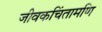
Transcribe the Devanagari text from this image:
जीवकचिंतामणि